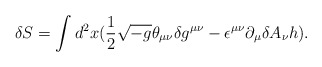
\begin{align*}\delta S = \int d^2 x (\frac{1}{2} \sqrt{-g} \theta_{\mu\nu} \delta g^{\mu\nu}- \epsilon^{\mu\nu} \partial_{\mu}\delta A_{\nu} h).\end{align*}